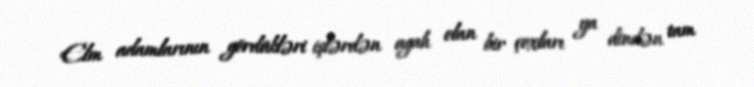
Elm adamlarının gördükləri işlərdən agah olan bir çoxları ya dindən tam